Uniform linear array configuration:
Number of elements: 32
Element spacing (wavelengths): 0.5
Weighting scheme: cosine
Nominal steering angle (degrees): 15
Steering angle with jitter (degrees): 14.799
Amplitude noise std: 0.05
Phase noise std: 0.05

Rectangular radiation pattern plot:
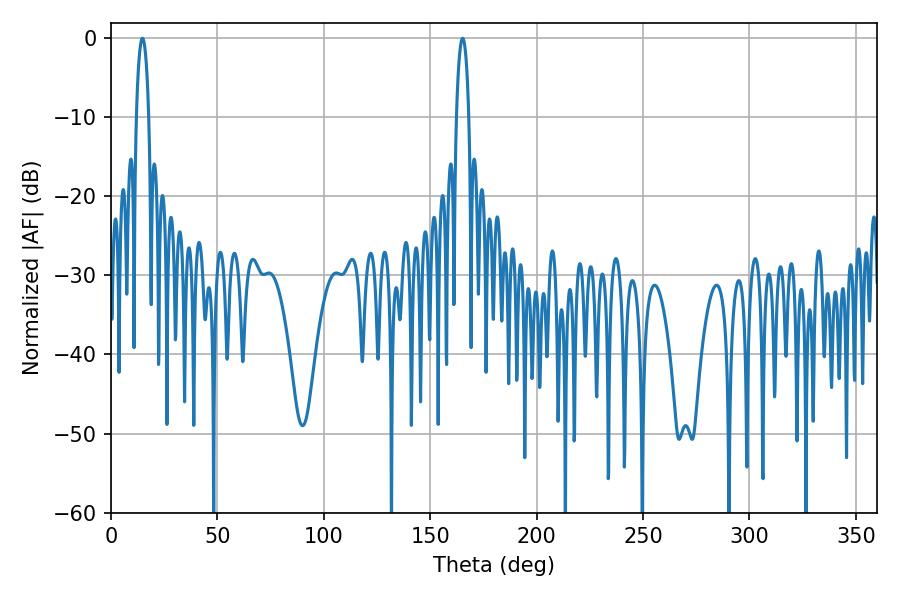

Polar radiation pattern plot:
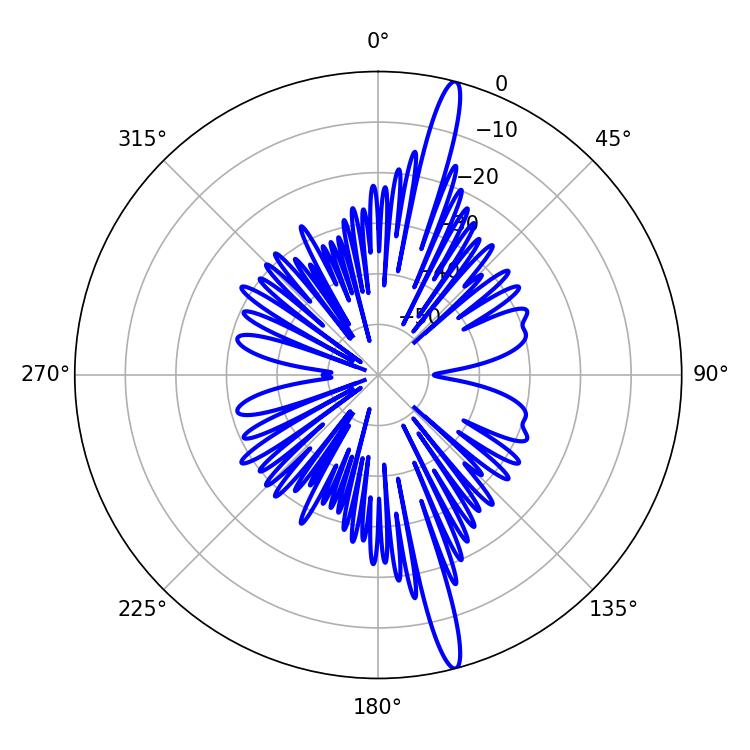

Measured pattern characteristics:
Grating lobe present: FALSE
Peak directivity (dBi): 17.783
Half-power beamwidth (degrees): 3.24
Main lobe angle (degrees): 14.76